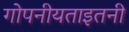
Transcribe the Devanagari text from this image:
गोपनीयताइतनी